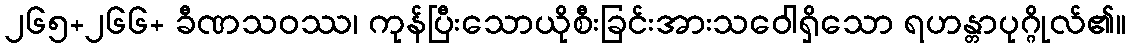
၂၆၅+၂၆၆+ ခီဏသဝဿ၊ ကုန်ပြီးသောယိုစီးခြင်းအားသဝေါရှိသော ရဟန္တာပုဂ္ဂိုလ်၏။